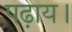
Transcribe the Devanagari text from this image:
पढ़ाय।